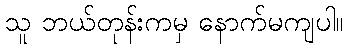
သူ ဘယ်တုန်းကမှ နောက်မကျပါ။